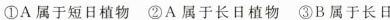
①A属于短日植物 ②A属于长日植物 ③B属于长日